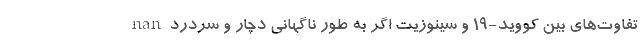
nan تفاوت‌های بین کووید-19 و سینوزیت اگر به طور ناگهانی دچار و سردرد